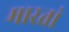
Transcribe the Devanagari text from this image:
मारतां